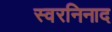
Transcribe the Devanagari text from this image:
स्वरनिनाद